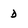
Character: d